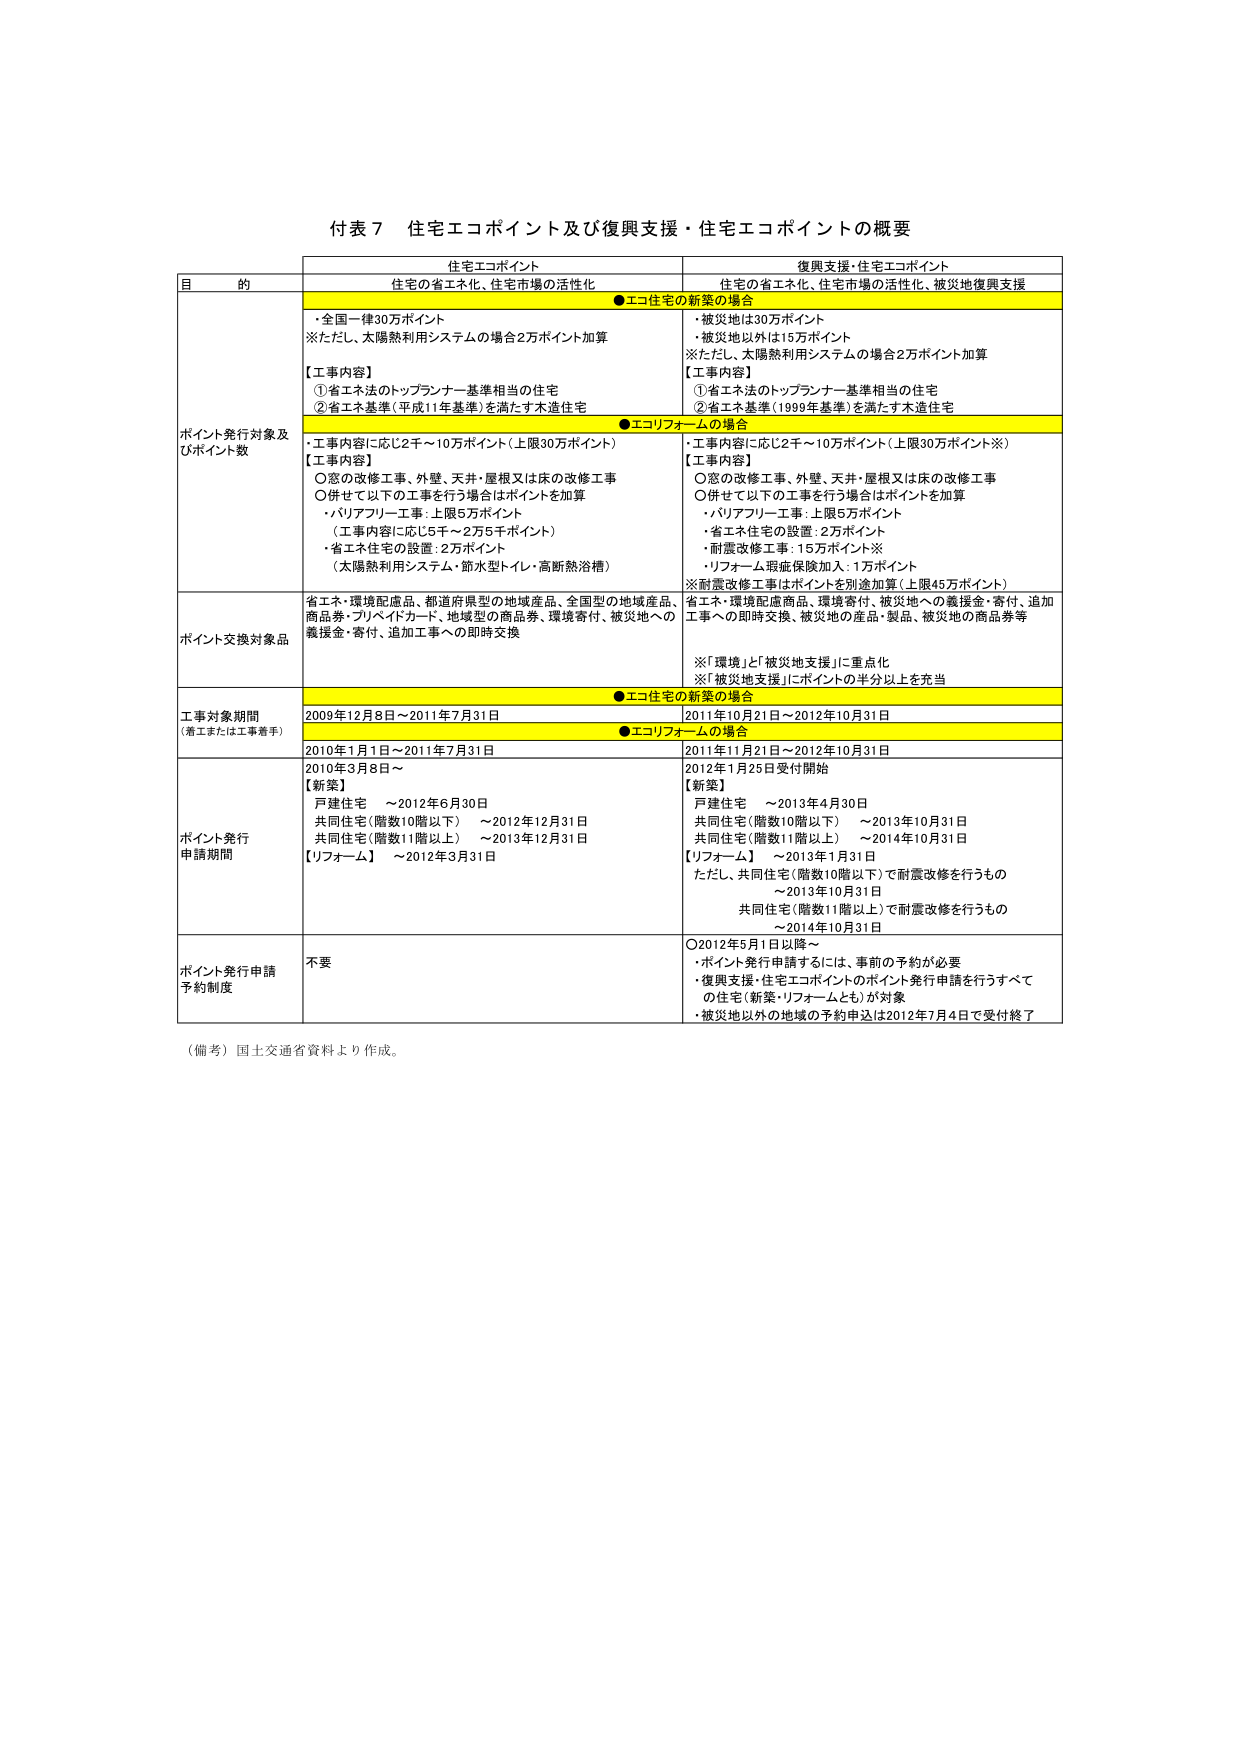
付表７ 住宅エコポイント及び復興支援・住宅エコポイントの概要

住宅エコポイント 復興支援・住宅エコポイント
目的 住宅の省エネ化、住宅市場の活性化 住宅の省エネ化、住宅市場の活性化、被災地復興支援

●エコ住宅の新築の場合
・全国一律30万ポイント
※ただし、太陽熱利用システムの場合2万ポイント加算
【工事内容】
①省エネ法のトップランナー基準相当の住宅
②省エネ基準（平成11年基準）を満たす木造住宅

・被災地は30万ポイント
・被災地以外は15万ポイント
※ただし、太陽熱利用システムの場合2万ポイント加算
【工事内容】
①省エネ法のトップランナー基準相当の住宅
②省エネ基準（1999年基準）を満たす木造住宅

●エコリフォームの場合
・工事内容に応じ2千～10万ポイント（上限30万ポイント）
【工事内容】
○窓の改修工事、外壁、天井・屋根又は床の改修工事
○併せて以下の工事を行う場合はポイントを加算
・バリアフリー工事：上限5万ポイント
（工事内容に応じ5千～2万5千ポイント）
・省エネ住宅の設置：2万ポイント
（太陽熱利用システム・節水型トイレ・高断熱浴槽）

・工事内容に応じ2千～10万ポイント（上限30万ポイント※）
【工事内容】
○窓の改修工事、外壁、天井・屋根又は床の改修工事
○併せて以下の工事を行う場合はポイントを加算
・バリアフリー工事：上限5万ポイント
・省エネ住宅の設置：2万ポイント
・耐震改修工事：15万ポイント※
・リフォーム瑕疵保険加入：1万ポイント
※耐震改修工事はポイントを別途加算（上限45万ポイント）

ポイント発行対象及びポイント数

ポイント交換対象品
省エネ・環境配慮品、都道府県型の地域産品、全国型の地域産品、商品券・プリペイドカード、地域の商品券、環境寄付、被災地への義援金・寄付、追加工事への即時交換

省エネ・環境配慮商品、環境寄付、被災地への義援金・寄付、追加工事への即時交換、被災地の産品・製品、被災地の商品券等
※「環境」と「被災地支援」に重点化
※「被災地支援」にポイントの半分以上を充当

工事対象期間（施工または工事着手）
●エコ住宅の新築の場合
2009年12月8日～2011年7月31日
2011年10月21日～2012年10月31日

●エコリフォームの場合
2010年1月1日～2011年7月31日
2011年11月21日～2012年10月31日

ポイント発行申請期間
2010年3月8日～
【新築】
戸建住宅 ～2012年6月30日
共同住宅（階数10階以下） ～2012年12月31日
共同住宅（階数11階以上） ～2013年12月31日
【リフォーム】 ～2012年3月31日

2012年1月25日受付開始
【新築】
戸建住宅 ～2013年4月30日
共同住宅（階数10階以下） ～2013年10月31日
共同住宅（階数11階以上） ～2014年10月31日
【リフォーム】 ～2013年1月31日
ただし、共同住宅（階数10階以下）で耐震改修を行うもの ～2013年10月31日
共同住宅（階数11階以上）で耐震改修を行うもの ～2014年10月31日

ポイント発行申請予約制度
不要
○2012年5月1日以降～
・ポイント発行申請するには、事前の予約が必要
・復興支援・住宅エコポイントのポイント発行申請を行うすべての住宅（新築・リフォームとも）が対象
・被災地以外の地域の予約申込は2012年7月4日で受付終了

（備考）国土交通省資料より作成。